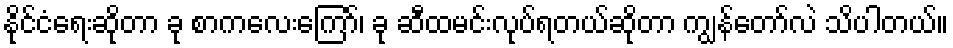
နိုင်ငံရေးဆိုတာ ခု စာကလေးကြော်၊ ခု ဆီထမင်းလုပ်ရတယ်ဆိုတာ ကျွန်တော်လဲ သိပါတယ်။